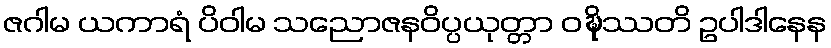
ဇဂါမ ယကာရံ ပိဝါမ သညောဇနဝိပ္ပယုတ္တာ ဝဍ္ဎိဿတိ ဥပါဒါနေန